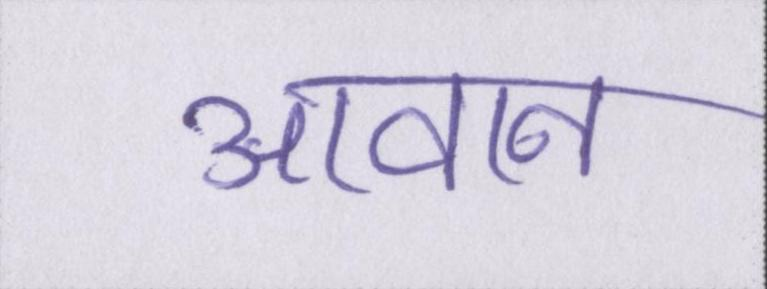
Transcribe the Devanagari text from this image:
आवान